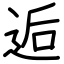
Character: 逅